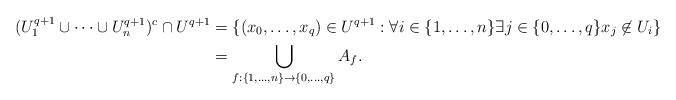
LaTeX: \begin{align*}(U_1^{q+1}\cup\cdots\cup U_n^{q+1})^c\cap U^{q+1}&=\{(x_0,\ldots,x_q)\in U^{q+1}:\forall i\in\{1,\ldots,n\}\exists j\in\{0,\ldots,q\}x_j\not\in U_i\}\\&=\bigcup_{f:\{1,\ldots,n\}\to \{0,\ldots,q\}}A_f.\end{align*}